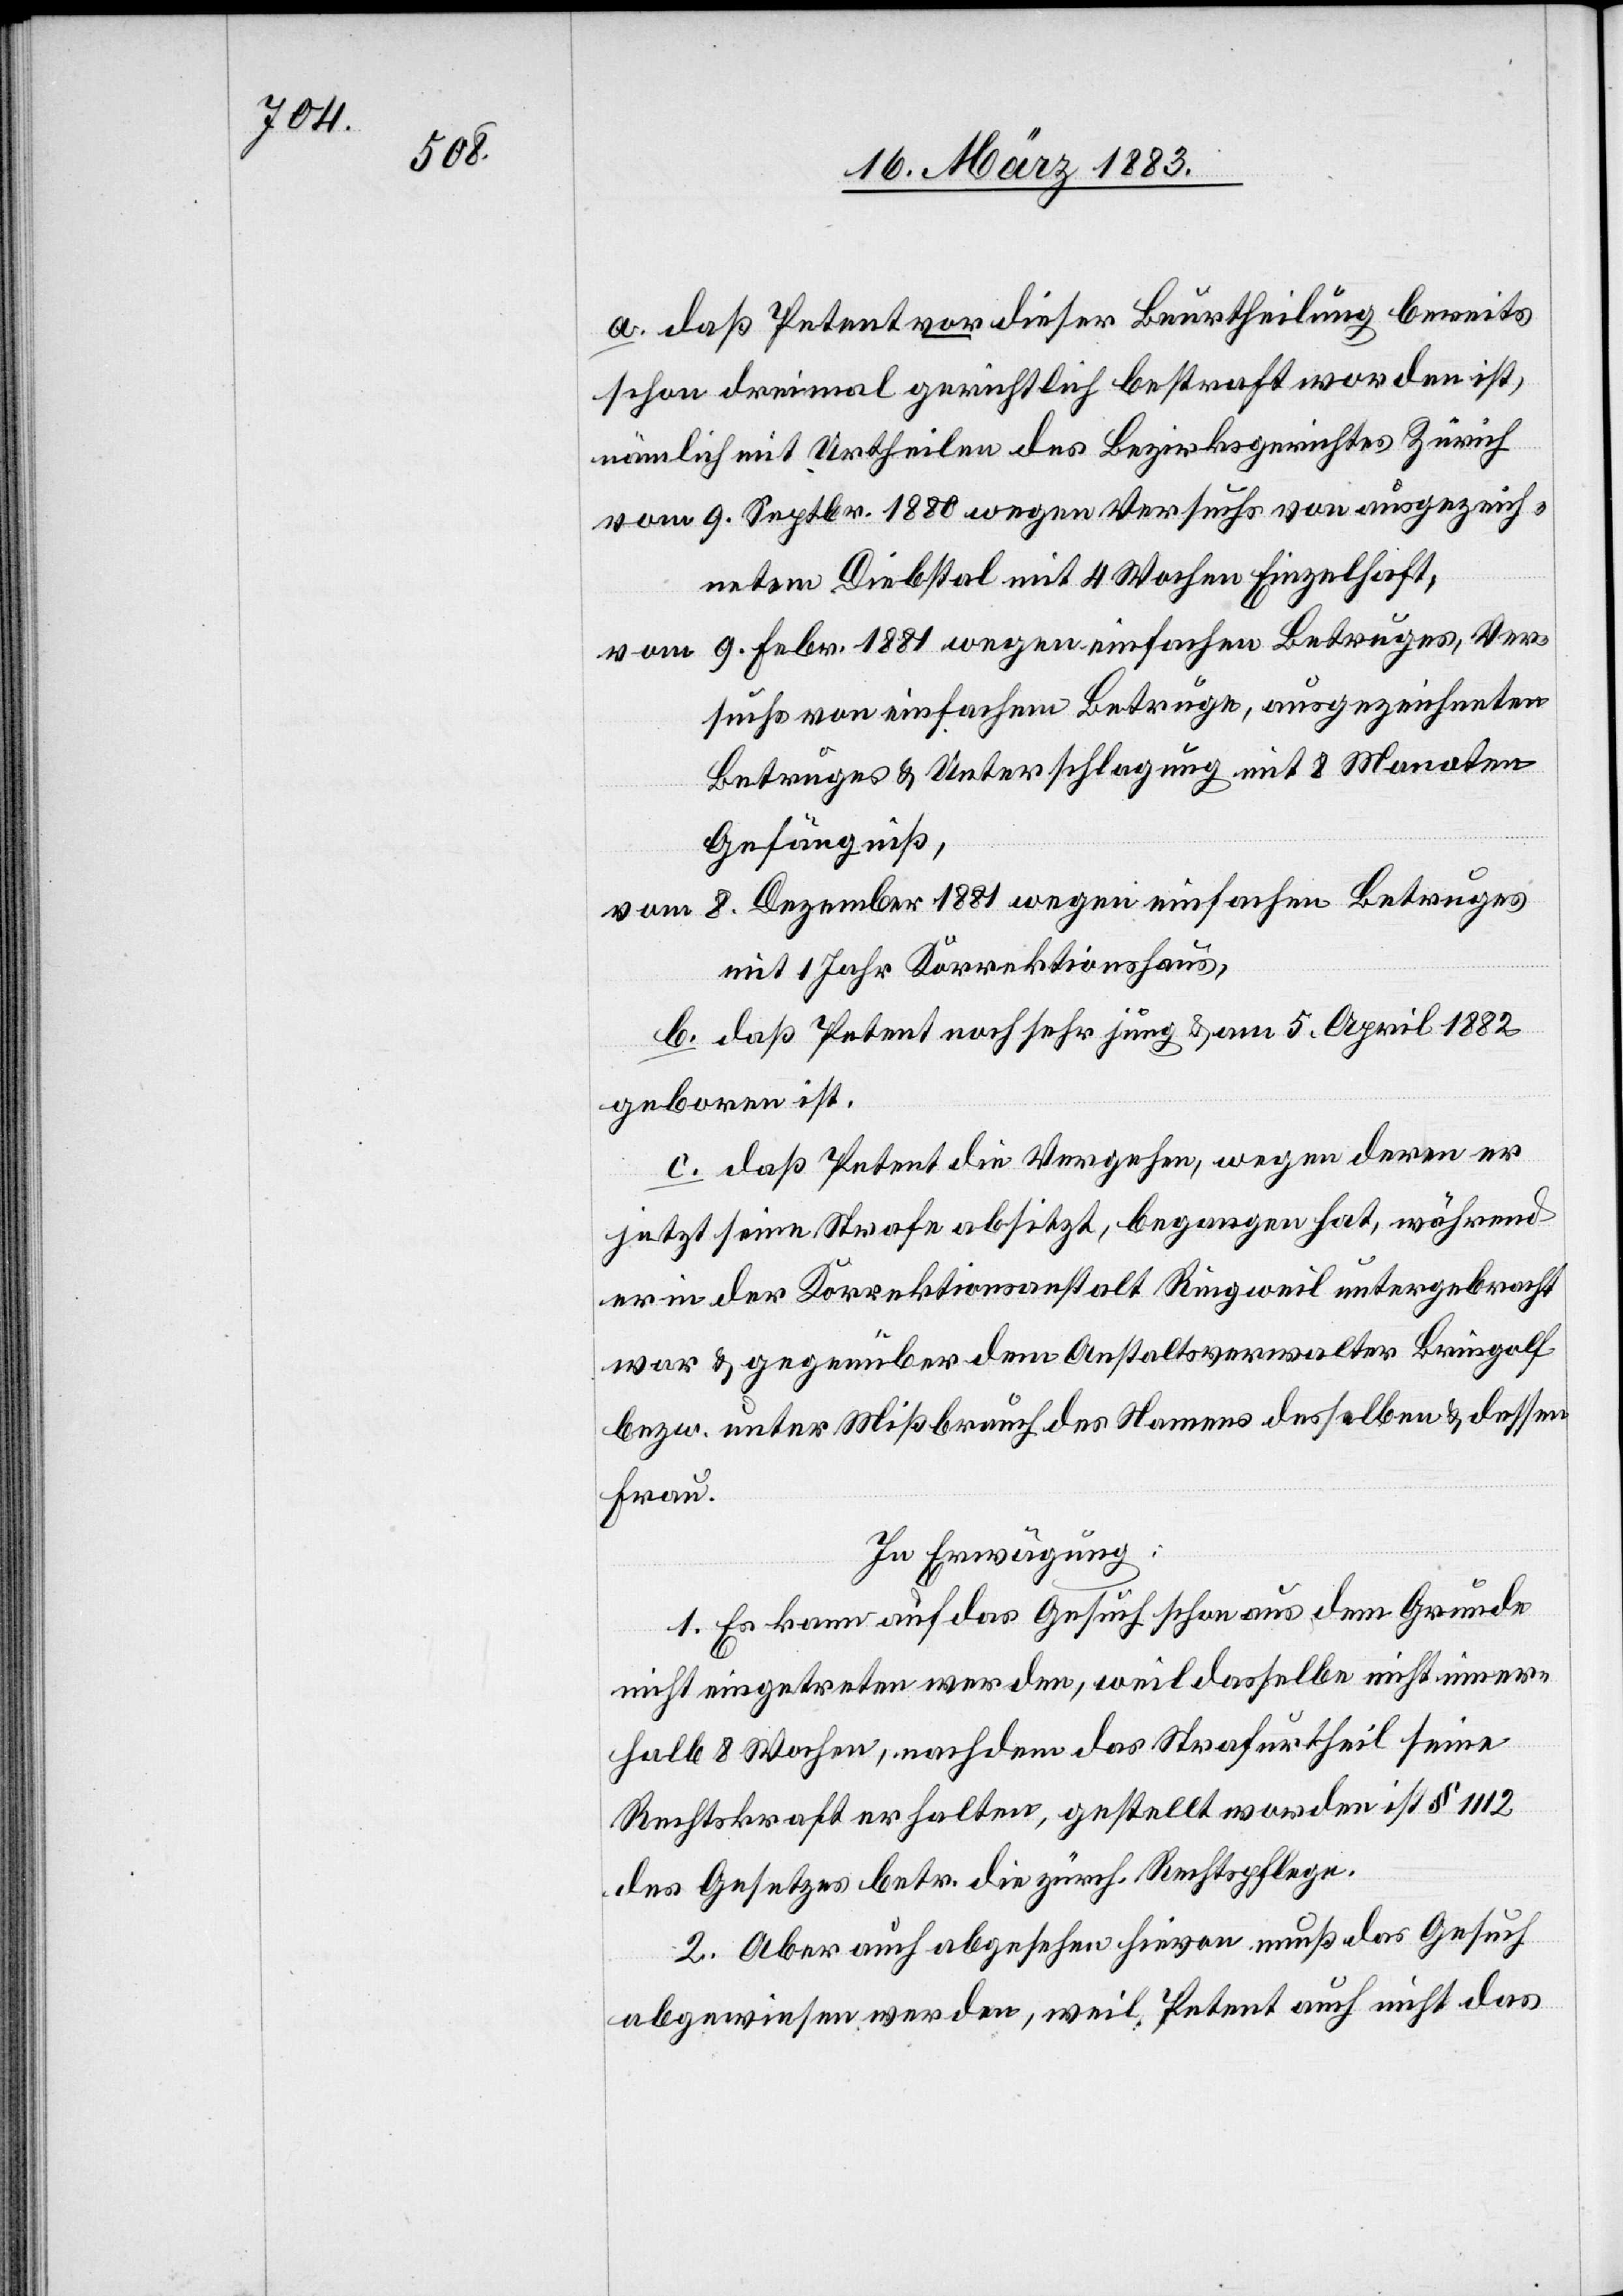
20 Rp.

Fr. 10

Gefängnißw¬

esens